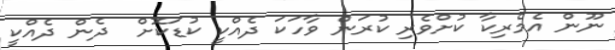
ނޫން އެމެރިކާ ކުށްވެރި ކުރަން ވާހަކަ ދެއްކީ ކުޑަކޮށް  ދެން ދެއްކީ